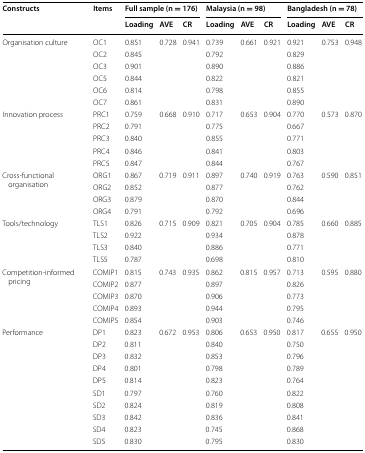
<table><thead><tr><td rowspan="2"><b>Constructs</b></td><td rowspan="2"><b>Items</b></td><td colspan="3"><b>Full sample (n = 176)</b></td><td colspan="3"><b>Malaysia (n = 98)</b></td><td colspan="3"><b>Bangladesh (n = 78)</b></td></tr><tr><td><b>Loading</b></td><td><b>AVE</b></td><td><b>CR</b></td><td><b>Loading</b></td><td><b>AVE</b></td><td><b>CR</b></td><td><b>Loading</b></td><td><b>AVE</b></td><td><b>CR</b></td></tr></thead><tbody><tr><td rowspan="6">Organisation culture</td><td>OC1</td><td>0.851</td><td>0.728</td><td>0.941</td><td>0.739</td><td>0.661</td><td>0.921</td><td>0.921</td><td>0.753</td><td>0.948</td></tr><tr><td>OC2</td><td>0.845</td><td></td><td></td><td>0.792</td><td></td><td></td><td>0.829</td><td></td><td></td></tr><tr><td>OC3</td><td>0.901</td><td></td><td></td><td>0.890</td><td></td><td></td><td>0.886</td><td></td><td></td></tr><tr><td>OC5</td><td>0.844</td><td></td><td></td><td>0.822</td><td></td><td></td><td>0.821</td><td></td><td></td></tr><tr><td>OC6</td><td>0.814</td><td></td><td></td><td>0.798</td><td></td><td></td><td>0.855</td><td></td><td></td></tr><tr><td>OC7</td><td>0.861</td><td></td><td></td><td>0.831</td><td></td><td></td><td>0.890</td><td></td><td></td></tr><tr><td rowspan="5">Innovation process</td><td>PRC1</td><td>0.759</td><td>0.668</td><td>0.910</td><td>0.717</td><td>0.653</td><td>0.904</td><td>0.770</td><td>0.573</td><td>0.870</td></tr><tr><td>PRC2</td><td>0.791</td><td></td><td></td><td>0.775</td><td></td><td></td><td>0.667</td><td></td><td></td></tr><tr><td>PRC3</td><td>0.840</td><td></td><td></td><td>0.855</td><td></td><td></td><td>0.771</td><td></td><td></td></tr><tr><td>PRC4</td><td>0.846</td><td></td><td></td><td>0.841</td><td></td><td></td><td>0.803</td><td></td><td></td></tr><tr><td>PRC5</td><td>0.847</td><td></td><td></td><td>0.844</td><td></td><td></td><td>0.767</td><td></td><td></td></tr><tr><td rowspan="4">Cross-functional organisation</td><td>ORG1</td><td>0.867</td><td>0.719</td><td>0.911</td><td>0.897</td><td>0.740</td><td>0.919</td><td>0.763</td><td>0.590</td><td>0.851</td></tr><tr><td>ORG2</td><td>0.852</td><td></td><td></td><td>0.877</td><td></td><td></td><td>0.762</td><td></td><td></td></tr><tr><td>ORG3</td><td>0.879</td><td></td><td></td><td>0.870</td><td></td><td></td><td>0.844</td><td></td><td></td></tr><tr><td>ORG4</td><td>0.791</td><td></td><td></td><td>0.792</td><td></td><td></td><td>0.696</td><td></td><td></td></tr><tr><td rowspan="4">Tools/technology</td><td>TLS1</td><td>0.826</td><td>0.715</td><td>0.909</td><td>0.821</td><td>0.705</td><td>0.904</td><td>0.785</td><td>0.660</td><td>0.885</td></tr><tr><td>TLS2</td><td>0.922</td><td></td><td></td><td>0.934</td><td></td><td></td><td>0.878</td><td></td><td></td></tr><tr><td>TLS3</td><td>0.840</td><td></td><td></td><td>0.886</td><td></td><td></td><td>0.771</td><td></td><td></td></tr><tr><td>TLS5</td><td>0.787</td><td></td><td></td><td>0.698</td><td></td><td></td><td>0.810</td><td></td><td></td></tr><tr><td rowspan="5">Competition-informed pricing</td><td>COMIP1</td><td>0.815</td><td>0.743</td><td>0.935</td><td>0.862</td><td>0.815</td><td>0.957</td><td>0.713</td><td>0.595</td><td>0.880</td></tr><tr><td>COMIP2</td><td>0.877</td><td></td><td></td><td>0.897</td><td></td><td></td><td>0.826</td><td></td><td></td></tr><tr><td>COMIP3</td><td>0.870</td><td></td><td></td><td>0.906</td><td></td><td></td><td>0.773</td><td></td><td></td></tr><tr><td>COMIP4</td><td>0.893</td><td></td><td></td><td>0.944</td><td></td><td></td><td>0.795</td><td></td><td></td></tr><tr><td>COMIP5</td><td>0.854</td><td></td><td></td><td>0.903</td><td></td><td></td><td>0.746</td><td></td><td></td></tr><tr><td rowspan="10">Performance</td><td>DP1</td><td>0.823</td><td>0.672</td><td>0.953</td><td>0.806</td><td>0.653</td><td>0.950</td><td>0.817</td><td>0.655</td><td>0.950</td></tr><tr><td>DP2</td><td>0.811</td><td></td><td></td><td>0.840</td><td></td><td></td><td>0.750</td><td></td><td></td></tr><tr><td>DP3</td><td>0.832</td><td></td><td></td><td>0.853</td><td></td><td></td><td>0.796</td><td></td><td></td></tr><tr><td>DP4</td><td>0.801</td><td></td><td></td><td>0.798</td><td></td><td></td><td>0.789</td><td></td><td></td></tr><tr><td>DP5</td><td>0.814</td><td></td><td></td><td>0.823</td><td></td><td></td><td>0.764</td><td></td><td></td></tr><tr><td>SD1</td><td>0.797</td><td></td><td></td><td>0.760</td><td></td><td></td><td>0.822</td><td></td><td></td></tr><tr><td>SD2</td><td>0.824</td><td></td><td></td><td>0.819</td><td></td><td></td><td>0.808</td><td></td><td></td></tr><tr><td>SD3</td><td>0.842</td><td></td><td></td><td>0.836</td><td></td><td></td><td>0.841</td><td></td><td></td></tr><tr><td>SD4</td><td>0.823</td><td></td><td></td><td>0.745</td><td></td><td></td><td>0.868</td><td></td><td></td></tr><tr><td>SD5</td><td>0.830</td><td></td><td></td><td>0.795</td><td></td><td></td><td>0.830</td><td></td><td></td></tr></tbody></table>